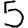
Digit: 5